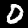
Digit: 0